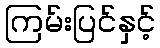
ကြမ်းပြင်နှင့်